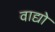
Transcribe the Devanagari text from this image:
वाद्यो